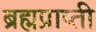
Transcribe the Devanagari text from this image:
ब्रह्मप्राप्ती